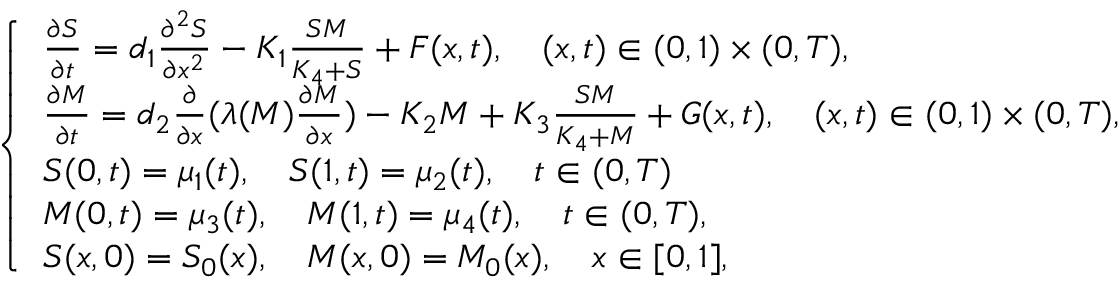
\begin{array} { r } { \left\{ \begin{array} { l l } { \frac { \partial S } { \partial t } = d _ { 1 } \frac { \partial ^ { 2 } S } { \partial x ^ { 2 } } - K _ { 1 } \frac { S M } { K _ { 4 } + S } + F ( x , t ) , \quad ( x , t ) \in ( 0 , 1 ) \times ( 0 , T ) , } \\ { \frac { \partial M } { \partial t } = d _ { 2 } \frac { \partial } { \partial x } ( \lambda ( M ) \frac { \partial M } { \partial x } ) - K _ { 2 } M + K _ { 3 } \frac { S M } { K _ { 4 } + M } + G ( x , t ) , \quad ( x , t ) \in ( 0 , 1 ) \times ( 0 , T ) , } \\ { S ( 0 , t ) = \mu _ { 1 } ( t ) , \quad S ( 1 , t ) = \mu _ { 2 } ( t ) , \quad t \in ( 0 , T ) } \\ { M ( 0 , t ) = \mu _ { 3 } ( t ) , \quad M ( 1 , t ) = \mu _ { 4 } ( t ) , \quad t \in ( 0 , T ) , } \\ { S ( x , 0 ) = S _ { 0 } ( x ) , \quad M ( x , 0 ) = M _ { 0 } ( x ) , \quad x \in [ 0 , 1 ] , } \end{array} \right. } \end{array}